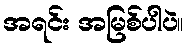
အရင်း အမြစ်ပါပဲ။